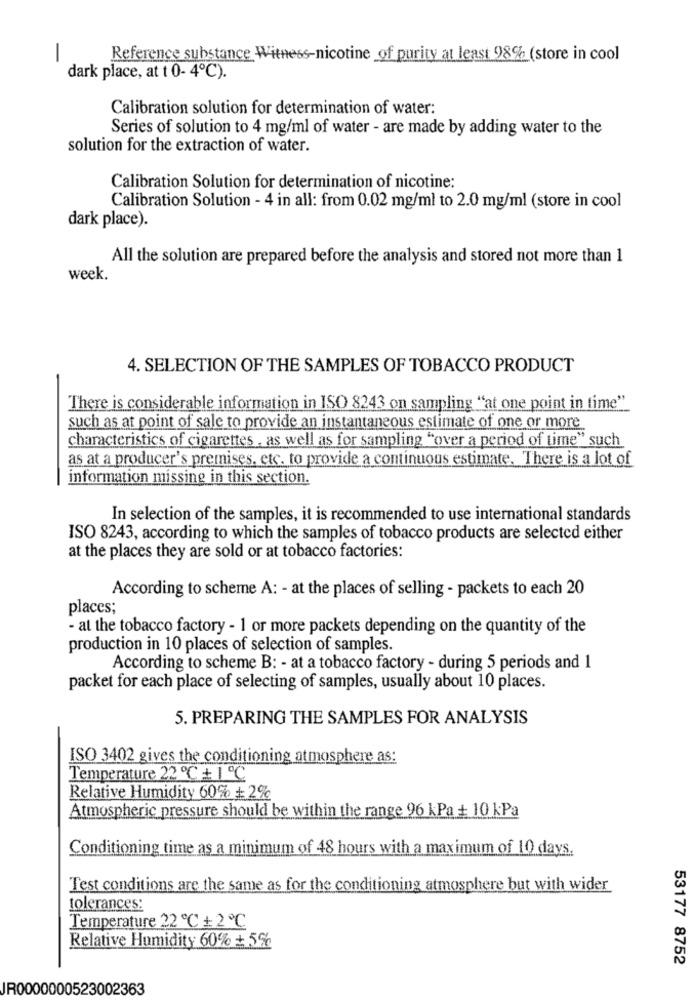
-
Reference substance Witness-nicotine_of purity at least 98% (store in cool
dark place, at t 0- 4℃).
Calibration solution for determination of water:
Series of solution to 4 mg/ml of water - are made by adding water to the
solution for the extraction of water.
Calibration Solution for determination of nicotine:
Calibration Solution - 4 in all: from 0.02 mg/ml to 2.0 mg/ml (store in cool
dark place).
All the solution are prepared before the analysis and stored not more than 1
week.
4. SELECTION OF THE SAMPLES OF TOBACCO PRODUCT
There is considerable information in ISO 8243 on sampling "at one point in time"
such as at point of sale to provide an instantaneous estimate of one or more
characteristics of cigarettes , as well as for sampling "over a period of time" such
as at a producer's premises, etc. to provide a continuous estimate. There is a lot of
information missing in this section.
In selection of the samples, it is recommended to use international standards
ISO 8243, according to which the samples of tobacco products are selected either
at the places they are sold or at tobacco factories:
According to scheme A: - at the places of selling - packets to each 20
places;
- at the tobacco factory - 1 or more packets depending on the quantity of the
production in 10 places of selection of samples.
According to scheme B: - at a tobacco factory - during 5 periods and 1
packet for each place of selecting of samples, usually about 10 places.
5. PREPARING THE SAMPLES FOR ANALYSIS
ISO 3402 gives the conditioning atmosphere as:
Temperature 22 ℃ + 1 ℃
Relative Humidity 60% + 2%
Atmospheric pressure should be within the range 96 kPa + 10 kPa
Conditioning time as a minimum of 48 hours with a maximum of 10 days.
Test conditions are the same as for the conditioning atmosphere but with wider
tolerances:
Temperature 22 ℃ + 2 ℃
Relative Humidity 60% + 5℃
53177 8752
JR0000000523002363